Lunatic asylums United Prov. 1922-30 - 1922-1930
Year: 1922
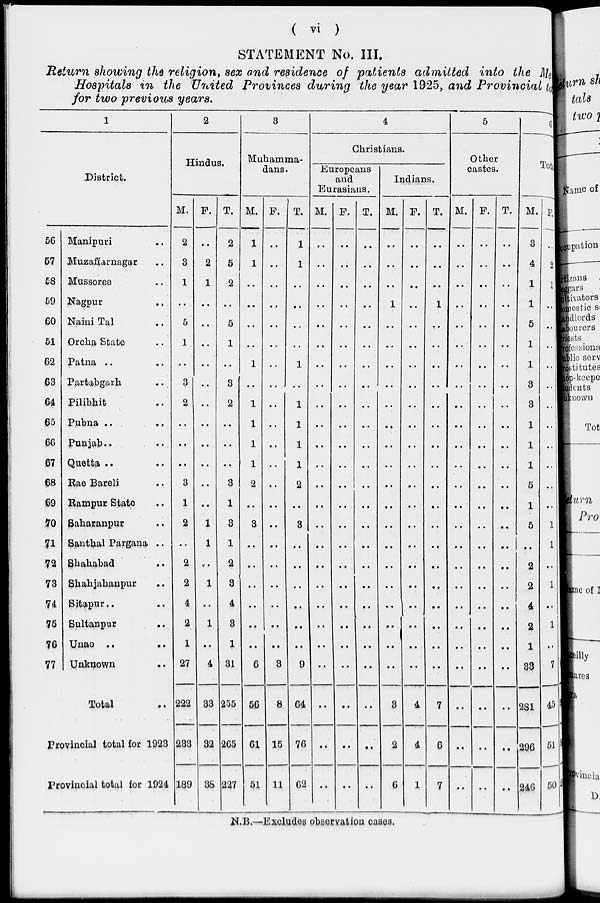
( vi )
STATEMENT No. III.
Return showing the religion, sex and residence of patients admitted into the Metal
Hospitals in the United Provinces during the year 1925, and Provincial to
for two previous years.
1
District.
56
57
58
59
60
61
62
63
64
65
66
67
68
69
70
71
72
73
74
75
76
77
Manipuri ..
Muzafiarnagar ..
Mussoree ..
Nagpur ..
Naini Tal ..
Orcha State ..
Patna .. ..
Partabgarh ..
Pilibhit ..
Pubna .. ..
Punjab .. ..
Quetta .. ..
Rae Bareli ..
Rampur State ..
Saharanpur ..
Santhal Pargana ..
Shahabad ..
Shahjahanpur ..
Sitapur.. ..
Sultanpur ..
Unao
..
Unknown ..
Total ..
Provincial total for 1923
Provincial total for 1924
2
Hindus.
M.
2
3
1
..
5
1
..
3
2
..
..
..
3
1
2
..
2
2
4
2
1
27
222
233
189
F.
..
2
1
..
..
..
..
..
..
..
..
..
..
..
1
1
..
1
..
1
..
4
33
32
36
T.
2
5
2
..
5
1
..
3
2
..
..
..
3
1
3
1
2
3
4
3
1
31
255
265
227
3
Muhamma-
dans.
M.
1
1
..
..
..
..
1
..
1
1
1
1
2
..
3
..
..
..
..
..
..
6
56
61
51
F.
..
..
..
..
..
..
..
..
..
..
..
..
..
..
..
..
..
..
..
..
..
3
8
15
11
T.
1
1
..
..
..
..
1
..
1
1
1
1
2
..
3
..
..
..
..
..
..
9
64
76
62
4
Christians.
Europeans
and
Eurasians.
M.
..
..
..
..
..
..
..
..
..
..
..
..
..
..
..
..
..
..
..
..
..
..
..
..
..
F.
..
..
..
..
..
..
..
..
..
..
..
..
..
..
..
..
..
..
..
..
..
..
..
..
..
T.
..
..
..
..
..
..
..
..
..
..
..
..
..
..
..
..
..
..
..
..
..
..
..
..
..
Indians.
M.
..
..
..
1
..
..
..
..
..
..
..
..
..
..
..
..
..
..
..
..
..
..
3
2
6
F.
..
..
..
..
..
..
..
..
..
..
..
..
..
..
..
..
..
..
..
..
..
..
4
4
1
T.
..
..
..
1
..
..
..
..
..
..
..
..
..
..
..
..
..
..
..
..
..
..
7
6
7
5
Other
castes.
M.
..
..
..
..
..
..
..
..
..
..
..
..
..
..
..
..
..
..
..
..
..
..
..
..
..
F.
..
..
..
..
..
..
..
..
..
..
..
..
..
..
..
..
..
..
..
..
..
..
..
..
..
T.
..
..
..
..
..
..
..
..
..
..
..
..
..
..
..
..
..
..
..
..
..
..
..
..
..
6
Total
M.
3
4
1
1
5
1
1
3
3
1
1
1
5
1
5
2
2
4
2
1
33
281
296
246
F.
..
2
1
..
..
..
..
..
..
..
..
..
1
1
..
1
..
1
..
7
45
51
50
N.B.—Excludes observation cases.